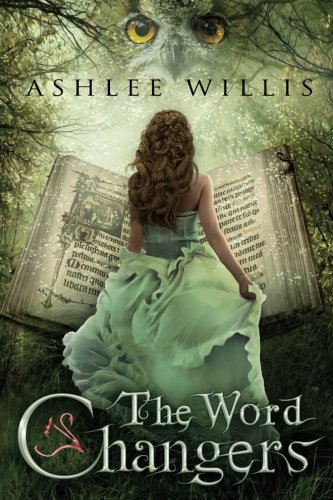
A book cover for The Word Changers; Ashlee Willis; Christian Books & Bibles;